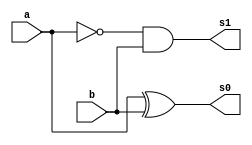
// Nome: Henrique Carvalho Parreira

module meiadiferenca (s0, s1, a, b);


 output s0, s1;
 input  a, b;
 wire q0;
 

xor XOR1 (s0, a, b);
not NOT1 (q0, a);
and AND1 (s1, q0, b);

 
 endmodule 
 


module diferencacompleta(s0, s1, a, b, v);

wire q0,q1,q2;
output s0, s1;
input a, b, v;

meiadiferenca MD1 (q0, q1, a, b);
meiadiferenca MD2 (s0, q2, v, q0);
or OR1 (s1, q1, q2);

endmodule 




module testediferencacompleta;
 reg   a, b, v;             
 wire  s0, s1;

          
 diferencacompleta DIFERENCACOMPLETA1 (s0, s1, a, b, v);


 initial begin:start
      a=0; b=0; v=0;
 end


          
 initial begin:main
      $display("Nome: Henrique Carvalho Parreira - 347133");
      $display("Diferenca completa usando duas Meia Diferencas.");
      $display("\nv a b = s1 s0\n");
      $monitor(" %b %b %b = %b %b", v, a, b, s1, s0);
#1 a=0;b=1;v=0;
#1 a=1;b=0;v=0;
#1 a=1;b=1;v=0;
#1 a=0;b=0;v=1;
#1 a=0;b=1;v=1;
#1 a=1;b=0;v=1;
#1 a=1;b=1;v=1;
  
 end

endmodule